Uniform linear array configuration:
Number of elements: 48
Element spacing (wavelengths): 0.25
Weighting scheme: uniform
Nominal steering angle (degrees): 30
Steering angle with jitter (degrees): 28.884
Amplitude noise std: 0.05
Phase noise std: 0.05

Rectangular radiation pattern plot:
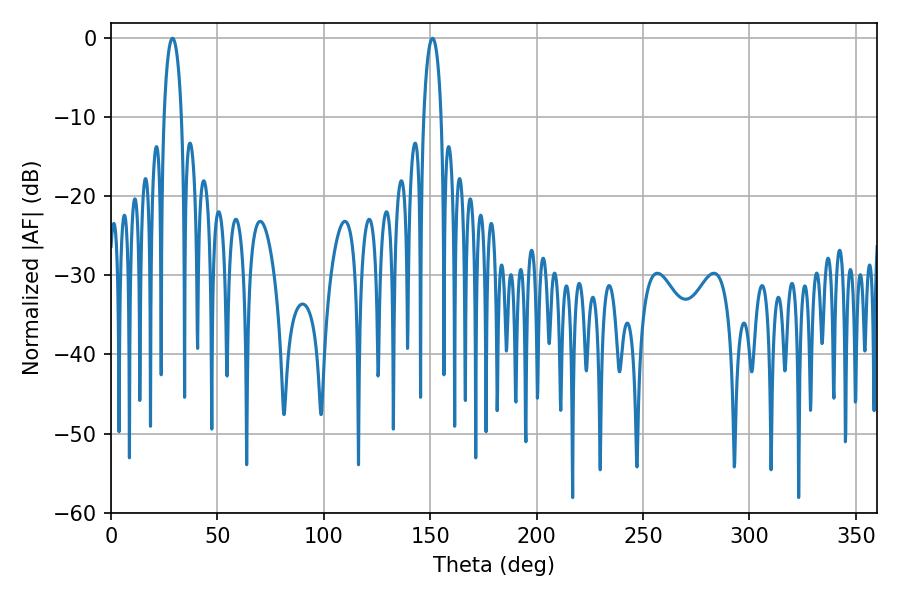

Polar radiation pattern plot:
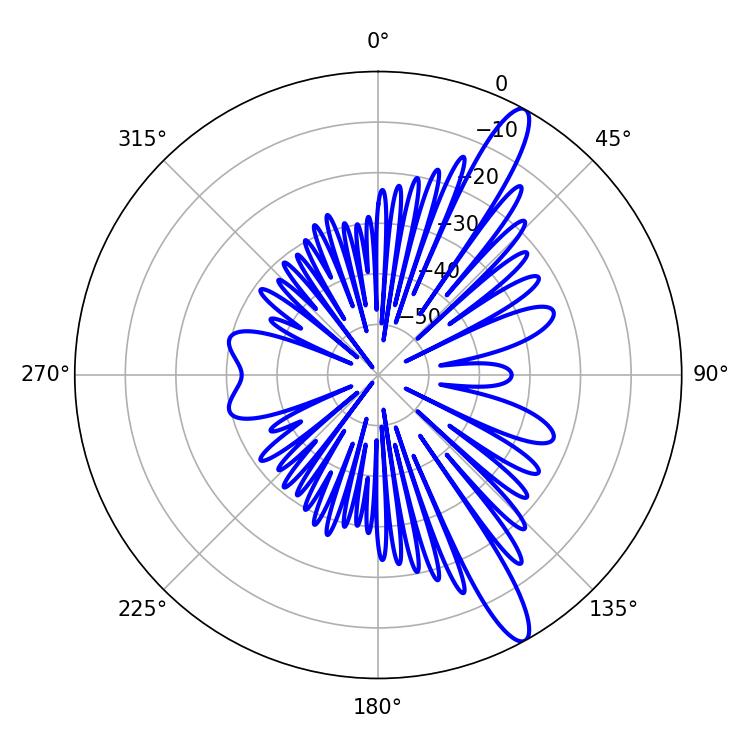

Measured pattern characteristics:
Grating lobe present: FALSE
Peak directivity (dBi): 13.391
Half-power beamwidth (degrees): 4.68
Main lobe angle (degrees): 151.02